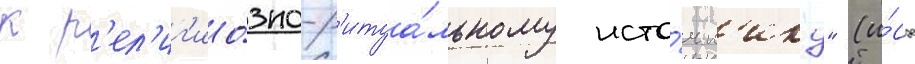
к р'ел'иг'ио́зно-р'итуа́льному исто́чн'ику" (и́сх